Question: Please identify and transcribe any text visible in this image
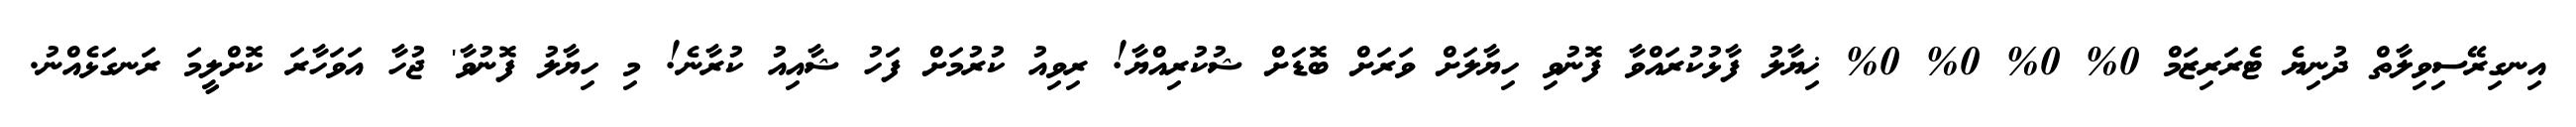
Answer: އިނގިރޭސިވިލާތް ދުނިޔެ ޓެރަރިޒަމް 0% 0% 0% 0% ޚިޔާލު ފާޅުކުރައްވާ ފޮނުވި ހިޔާލަށް ވަރަށް ބޮޑަށް ޝުކުރިއްޔާ! ރިވިއު ކުރުމަށް ފަހު ޝާއިއު ކުރާނެ! މި ހިޔާލު ފޮނުވާ' ޖުހާ އަވަހާރަ ކޮށްލީމަ ރަނގަޅެއްނު.